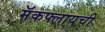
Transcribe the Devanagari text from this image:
मॅकफ्लायची